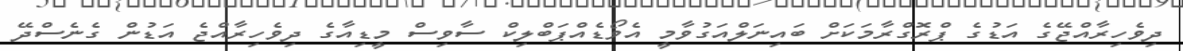
ދިވެހިރާއްޖޭގެ އަޑުގެ ޕްރޮގްރާމަކަށް ބައިނަލްއަގުވާމީ އެވޯޑެއްޕަބްލިކް ސާވިސް މީޑިއާގެ ދިވެހިރާއްޖެ އަޑުން ގެނެސްދޭ